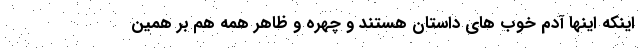
اینکه اینها آدم خوب های داستان هستند و چهره و ظاهر همه هم بر همین